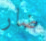
ضار